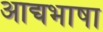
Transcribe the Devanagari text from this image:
आद्यभाषा